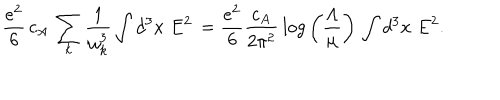
LaTeX: { \frac { e ^ { 2 } } { 6 } } \, c _ { A } \, \sum _ { k } { \frac { 1 } { \omega _ { k } ^ { 3 } } } \int d ^ { 3 } x \; E ^ { 2 } \, = { \frac { e ^ { 2 } } { 6 } } { \frac { c _ { A } } { 2 \pi ^ { 2 } } } \, l o g \left( { \frac { \Lambda } { \mu } } \right) \, \int d ^ { 3 } x \; E ^ { 2 } .